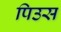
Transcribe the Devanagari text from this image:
पिउस